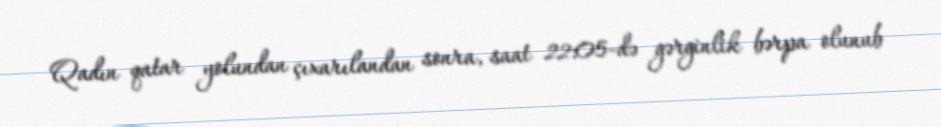
Qadın qatar yolundan çıxarılandan sonra, saat 22:05-də gərginlik bərpa olunub